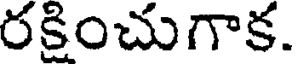
రక్షించుగాక.